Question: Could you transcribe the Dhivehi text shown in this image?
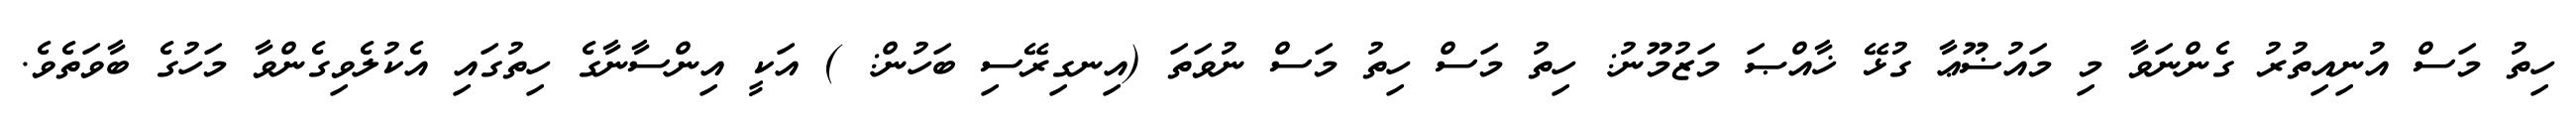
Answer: ހިތު މަސް އުނިއިތުރު ގެންނަވާ މި މައުޟޫޢާ ގުޅޭ ޚާއްޞަ މަޒުމޫނު: ހިތު މަސް ހިތު މަސް ނުވަތަ (އިނގިރޭސި ބަހުން: ) އަކީ އިންސާނާގެ ހިތުގައި އެކުލެވިގެންވާ މަހުގެ ބާވަތެވެ.